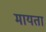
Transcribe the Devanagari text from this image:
मायता